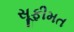
સૂફીમત